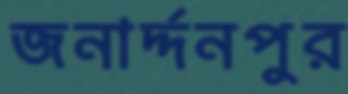
জনার্দ্দনপুর